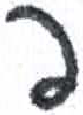
אות: פ